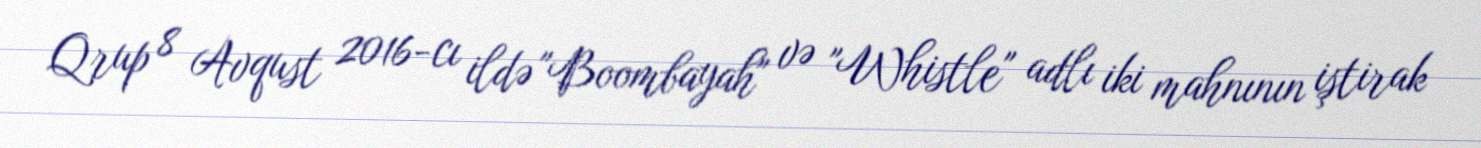
Qrup 8 Avqust 2016-cı ildə "Boombayah" və "Whistle" adlı iki mahnının iştirak